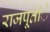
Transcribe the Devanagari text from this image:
राजपूतांे